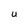
Character: U